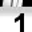
Digit: 1